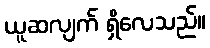
ယူဆလျက် ရှိလေသည်။